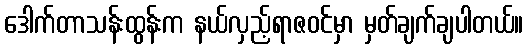
ဒေါက်တာသန်းထွန်းက နယ်လှည့်ရာဇဝင်မှာ မှတ်ချက်ချပါတယ်။